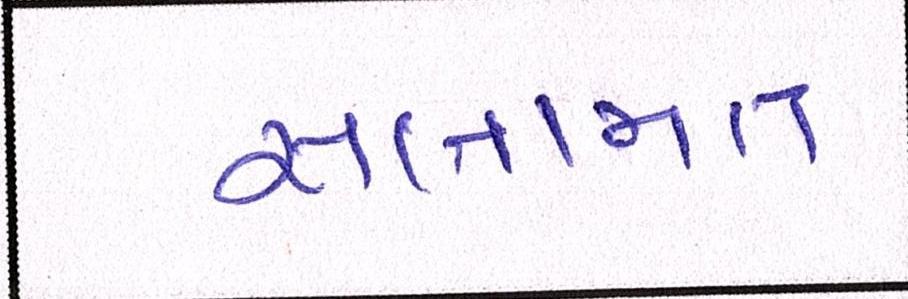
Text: સલામત